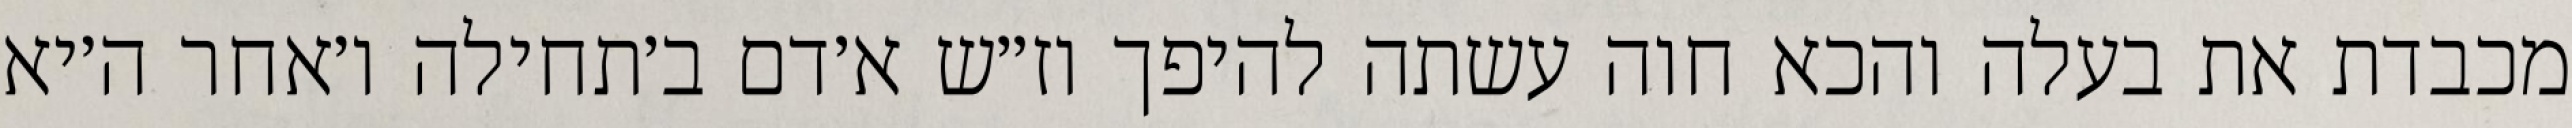
מכבדת את בעלה והכא חוה עשתה להיפך וז״ש א׳דם ב׳תחילה ו׳אחר ה׳יא